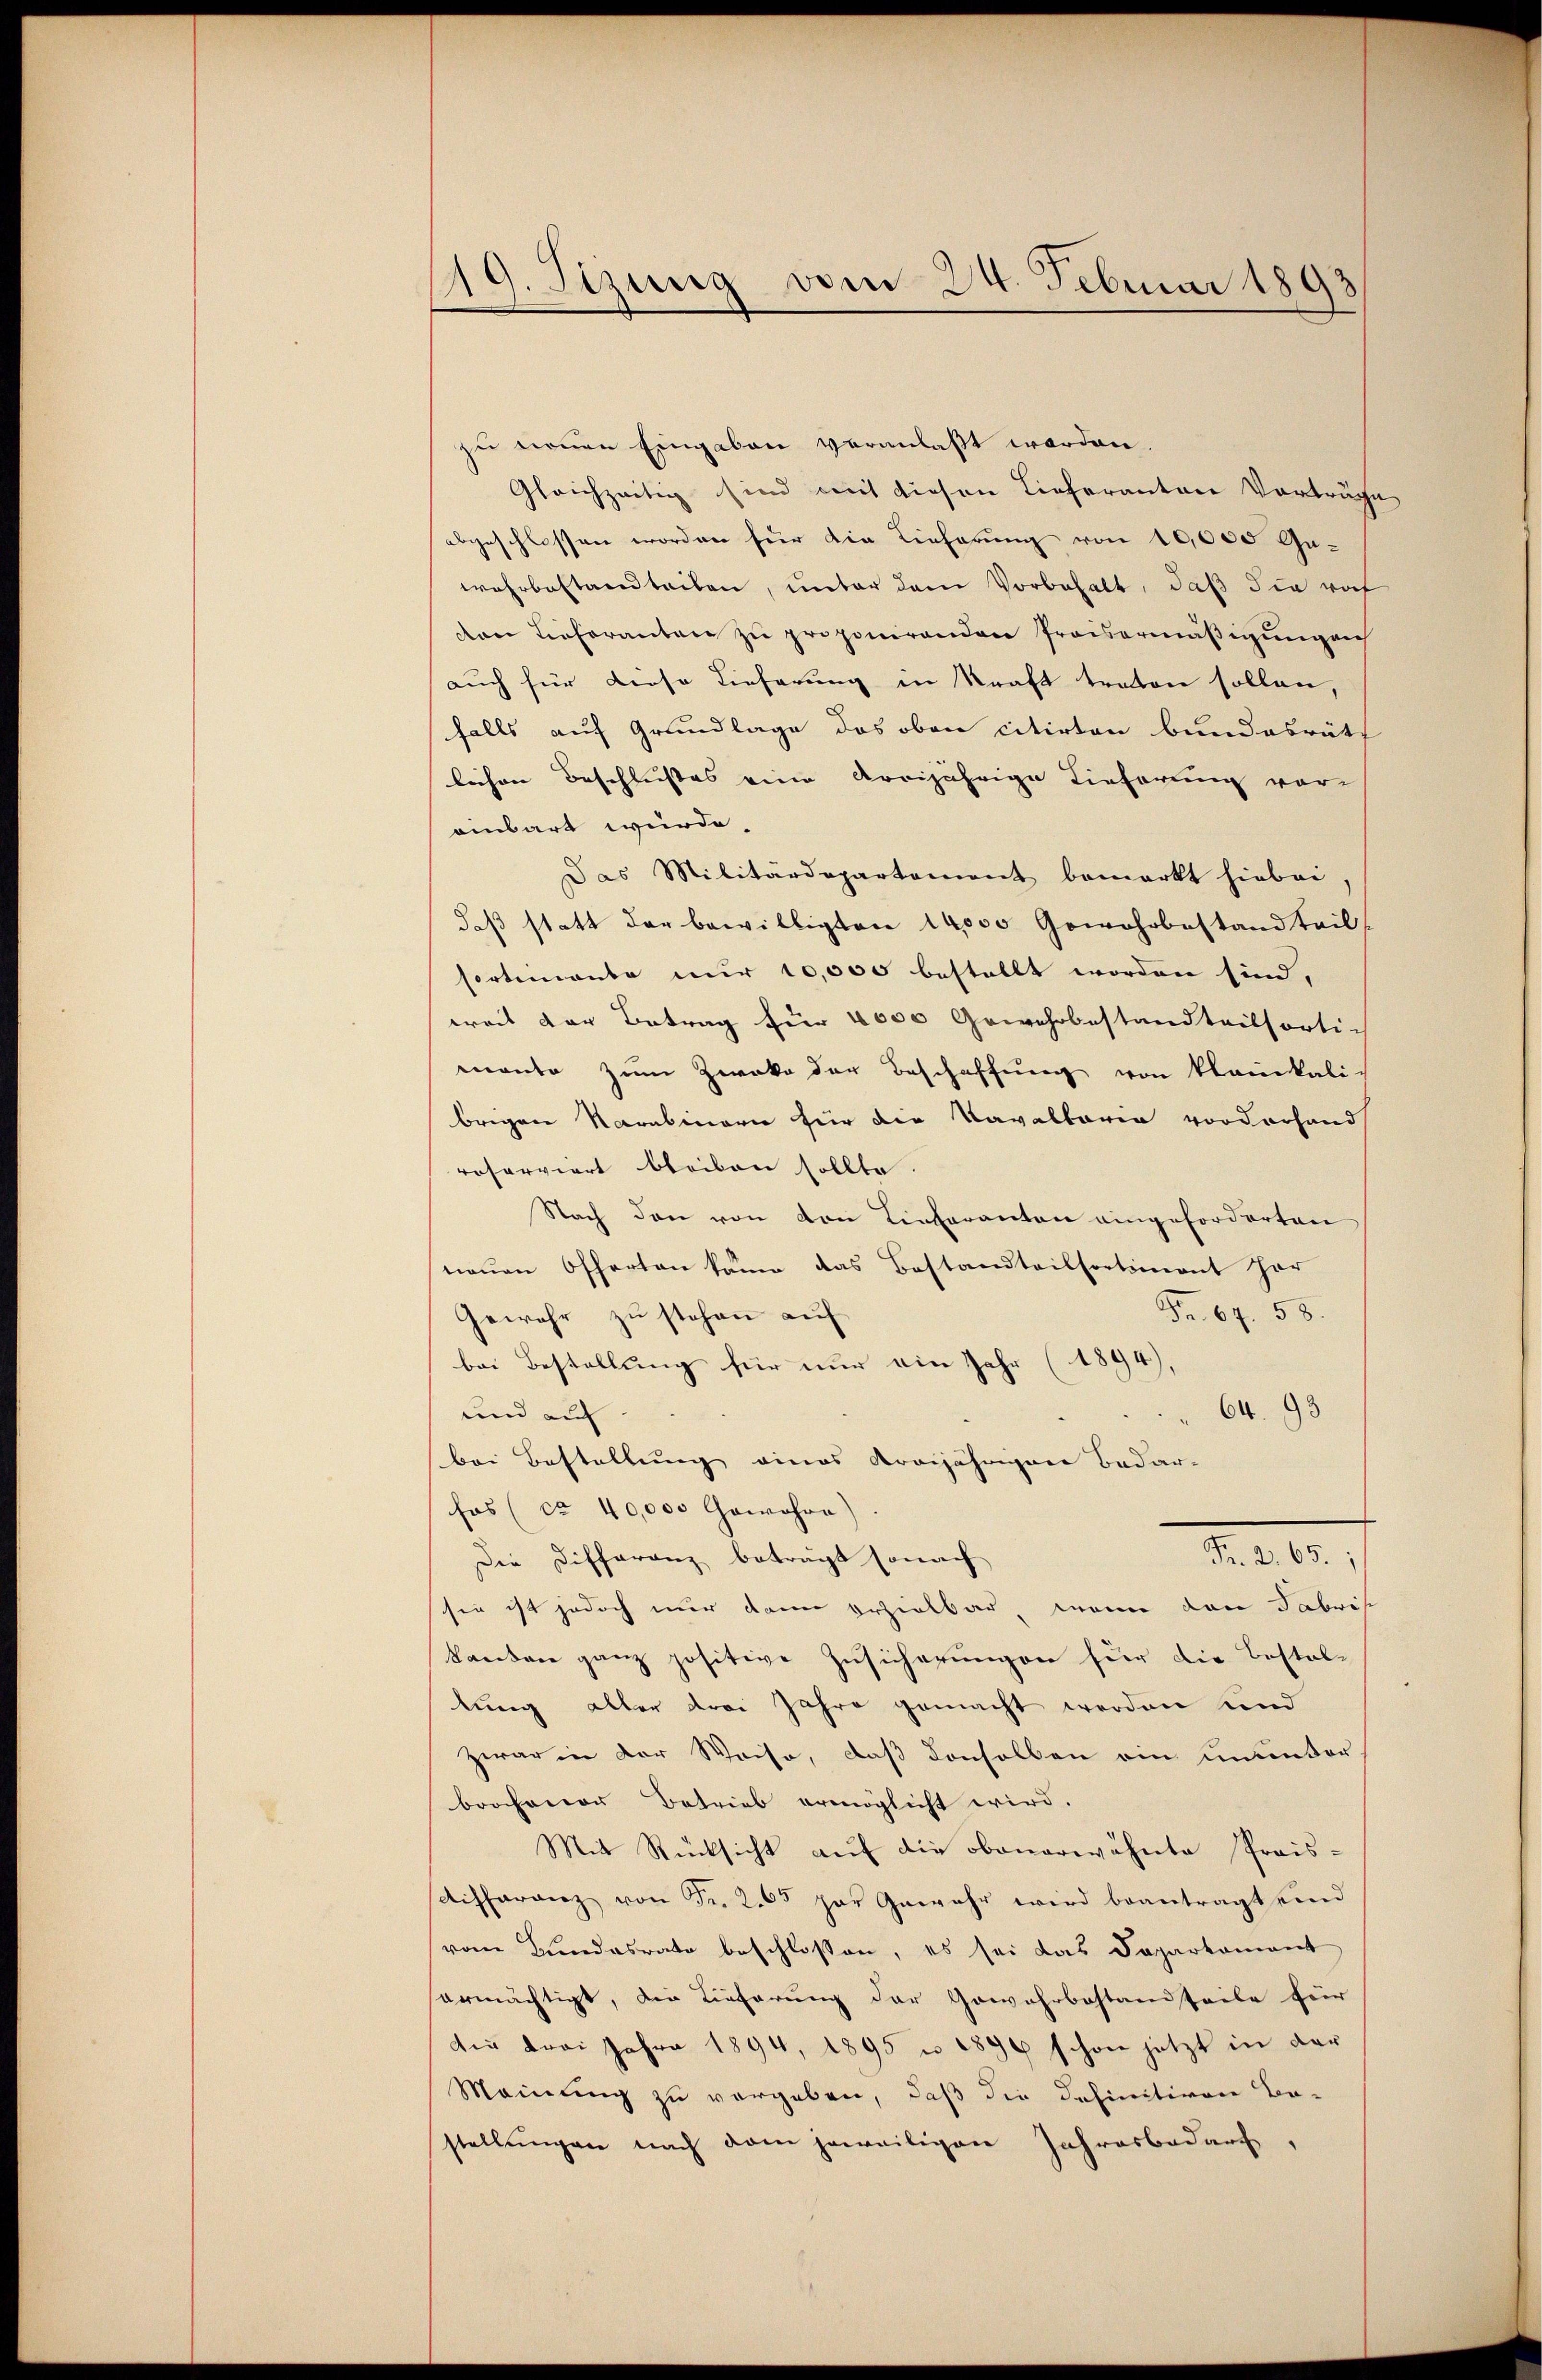
19. Sizung vom 24. Februar 1893

zu nennen Eingaben veranlaßt worden.
Gleichzeitig sind mit diesen Lieferantere Vorträge
abgeschlossen worden für die Lieferung von 10,000 Gewahrbestandteilen, unter dem Vorbehalt, daß die roh
von Lieferanten zu proponirenden Preisermäßigung au
auch für diese Lieferung in Kraft traten sollen,
falls auf Grundlage des oben citirten bundesräth
lichen Beschlußes eine Arrijährige Tieferung vor-
einbart würde.
Das Militärdepartement bemerkt hiebei
daß statt der bewilligten 14000 Gewehrbestand teil
Cortemente nur 10,000 bestellt worden sind,
weit der Betrag für 4000 Gewehrbestandteilsortimante zum Zweke der Beschaffung von kleinkali-
brigen Narabinern für die Kavaltaria vordorhand
reserviert bleiben sollte.
Nach den von von Tieferanton eingeforderten
neuen Offerten käme das Bestandteilsortiment her
Fr. 67. 58.
Gewehr zu stehen auf
bei Bestellung für nur ein Jahr (1894),
und auf
64. 93
bei Bestellung eines Kreijährigen Bedar-
fas (ca 40,000 Gewahre)
Fr. 2. 65.;
Die Differanz beträgt sonach
sen ist jedoch nur dann bezielbar, wenn den Fabris
kanton ganz positive Zusicherungen für die Bestallung aller drei Jahre gemacht werden und
Zwar in der Weise, daß denselben ein ununter-
brochener Betrieb ermöglicht wird.
Mit Rücksicht auf die obenerwähnte Prois-
differanz von Fr. 205 par Gewahr wird beantragt sind
vom Bundesrate beschlossen, es sei das Daparkomant
ermächtigt, die Lieferung der Gewahrbastandteile für
die drei Jahre 1894, 1895 u. 1890 schon jetzt in der
Meinung zu vergeben, daß die Definitiven Be-
stellŭngen nach dem jeweiligen Jahresbedarf,